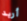
أريد